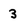
Character: 3